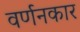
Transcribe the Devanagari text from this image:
वर्णनकार